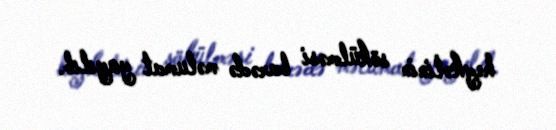
heykəlinin sökülməsi barədə məlumat yayılıb.